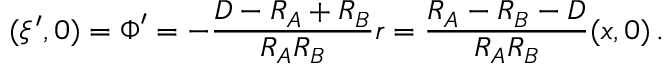
( \xi ^ { \prime } , 0 ) = \boldsymbol \Phi ^ { \prime } = - { \frac { D - R _ { A } + R _ { B } } { R _ { A } R _ { B } } } \boldsymbol r = { \frac { R _ { A } - R _ { B } - D } { R _ { A } R _ { B } } } ( x , 0 ) \, .